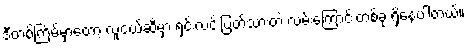
ဒီတစ်ကြိမ်မှာတော့ လူငယ်ဆီမှာ ရှင်းလင်းပြတ်သားတဲ့ လမ်းကြောင်းတစ်ခု ရှိနေပါတယ်။